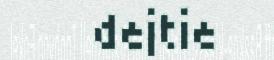
dejtie